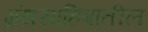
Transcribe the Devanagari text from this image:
ग्रंथसाहिबातील